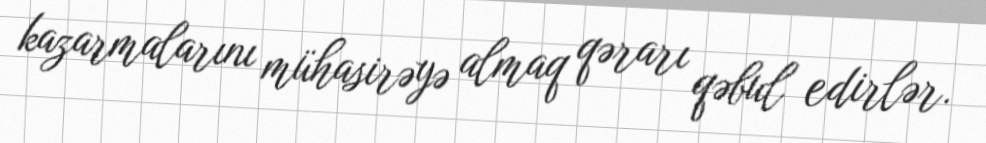
kazarmalarını mühasirəyə almaq qərarı qəbul edirlər.